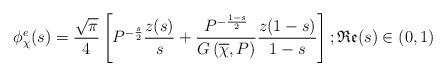
LaTeX: \begin{align*}\phi_{\chi}^e(s) = \frac{\sqrt{\pi}}{4} \left[P^{-\frac{s}{2}} \frac{z(s)}{s} + \frac{P^{-\frac{1-s}{2}}}{G\left(\overline{\chi},P\right)}\frac{z(1-s)}{1-s} \right]; \mathfrak{Re}(s) \in (0,1)\end{align*}